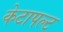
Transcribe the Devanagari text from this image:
केटापल्ट